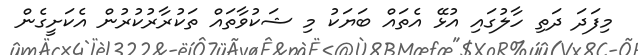
މިފަދަ ދަތި ހާލުގައި އުޅޭ އެތައް ބަޔަކު މި ޝަކުވާތައް ތަކުރާރުކުރުން އެކަށީގެން